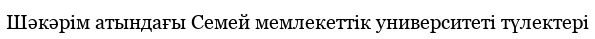
Шәкәрім атындағы Семей мемлекеттік университеті түлектері